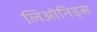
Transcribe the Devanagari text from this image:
लिओनिड्‌स